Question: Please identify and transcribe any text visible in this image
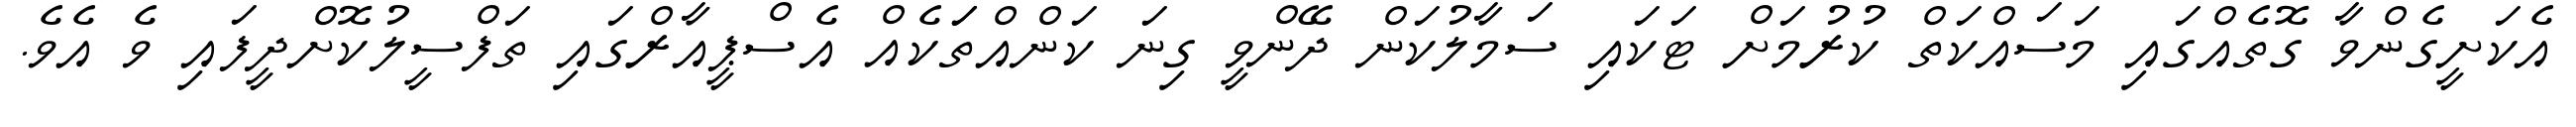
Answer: އެކަށީގެންވާ ގޮތެއްގައި މަސައްކަތް ކުރުމަށް ޓަކައި ސަމާލުކަން ދޭންވީ ގިނަ ކަންއްތަަކެއް އެސްޕީއާރްގައި ތަފްސީލުކޮށްދީފައި ވެ އެވެ.